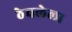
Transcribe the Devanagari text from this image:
ठेचलेला